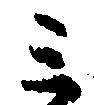
ミ